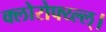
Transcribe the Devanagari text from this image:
क्लोरोफ्य्ल्ल्।